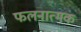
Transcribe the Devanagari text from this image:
फलनात्मक